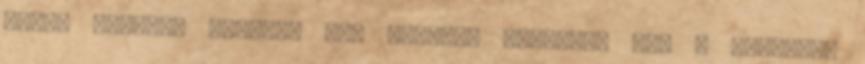
4x500 méteres gyermek fiú kajakos váltónak is. A váltóban